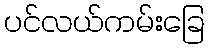
ပင်လယ်ကမ်းခြေ